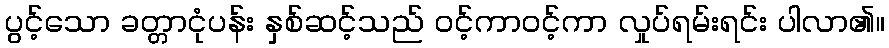
ပွင့်သော ခတ္တာငုံပန်း နှစ်ဆင့်သည် ဝင့်ကာဝင့်ကာ လှုပ်ရမ်းရင်း ပါလာ၏။